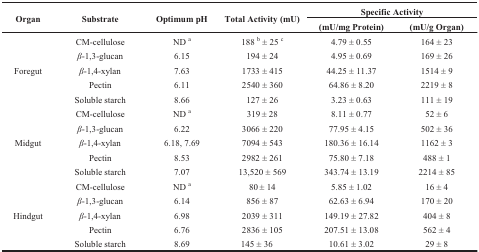
<table><thead><tr><td rowspan="2"><b>Organ</b></td><td rowspan="2"><b>Substrate</b></td><td rowspan="2"><b>Optimum pH</b></td><td rowspan="2"><b>Total Activity (mU)</b></td><td colspan="2"><b>Specific Activity</b></td></tr><tr><td><b>(mU/mg Protein)</b></td><td><b>(mU/g Organ)</b></td></tr></thead><tbody><tr><td rowspan="5">Foregut</td><td>CM-cellulose</td><td>ND <sup>a</sup></td><td>188 <sup>b</sup> ± 25 <sup>c</sup></td><td>4.79 ± 0.55</td><td>164 ± 23</td></tr><tr><td><i>β</i>-1,3-glucan</td><td>6.15</td><td>194 ± 24</td><td>4.95 ± 0.69</td><td>169 ± 26</td></tr><tr><td><i>β</i>-1,4-xylan</td><td>7.63</td><td>1733 ± 415</td><td>44.25 ± 11.37</td><td>1514 ± 9</td></tr><tr><td>Pectin</td><td>6.11</td><td>2540 ± 360</td><td>64.86 ± 8.20</td><td>2219 ± 8</td></tr><tr><td>Soluble starch</td><td>8.66</td><td>127 ± 26</td><td>3.23 ± 0.63</td><td>111 ± 19</td></tr><tr><td rowspan="5">Midgut</td><td>CM-cellulose</td><td>ND <sup>a</sup></td><td>319 ± 28</td><td>8.11 ± 0.77</td><td>52 ± 6</td></tr><tr><td><i>β</i>-1,3-glucan</td><td>6.22</td><td>3066 ± 220</td><td>77.95 ± 4.15</td><td>502 ± 36</td></tr><tr><td><i>β</i>-1,4-xylan</td><td>6.18, 7.69</td><td>7094 ± 543</td><td>180.36 ± 16.14</td><td>1162 ± 3</td></tr><tr><td>Pectin</td><td>8.53</td><td>2982 ± 261</td><td>75.80 ± 7.18</td><td>488 ± 1</td></tr><tr><td>Soluble starch</td><td>7.07</td><td>13,520 ± 569</td><td>343.74 ± 13.19</td><td>2214 ± 85</td></tr><tr><td rowspan="5">Hindgut</td><td>CM-cellulose</td><td>ND <sup>a</sup></td><td>80 ± 14</td><td>5.85 ± 1.02</td><td>16 ± 4</td></tr><tr><td><i>β</i>-1,3-glucan</td><td>6.14</td><td>856 ± 87</td><td>62.63 ± 6.94</td><td>170 ± 20</td></tr><tr><td><i>β</i>-1,4-xylan</td><td>6.98</td><td>2039 ± 311</td><td>149.19 ± 27.82</td><td>404 ± 8</td></tr><tr><td>Pectin</td><td>6.76</td><td>2836 ± 105</td><td>207.51 ± 13.08</td><td>562 ± 4</td></tr><tr><td>Soluble starch</td><td>8.69</td><td>145 ± 36</td><td>10.61 ± 3.02</td><td>29 ± 8</td></tr></tbody></table>